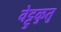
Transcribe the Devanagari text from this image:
वेट्टुळुतु